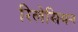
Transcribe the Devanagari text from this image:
रिलेसियन